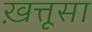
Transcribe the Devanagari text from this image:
ख़त्तूसा